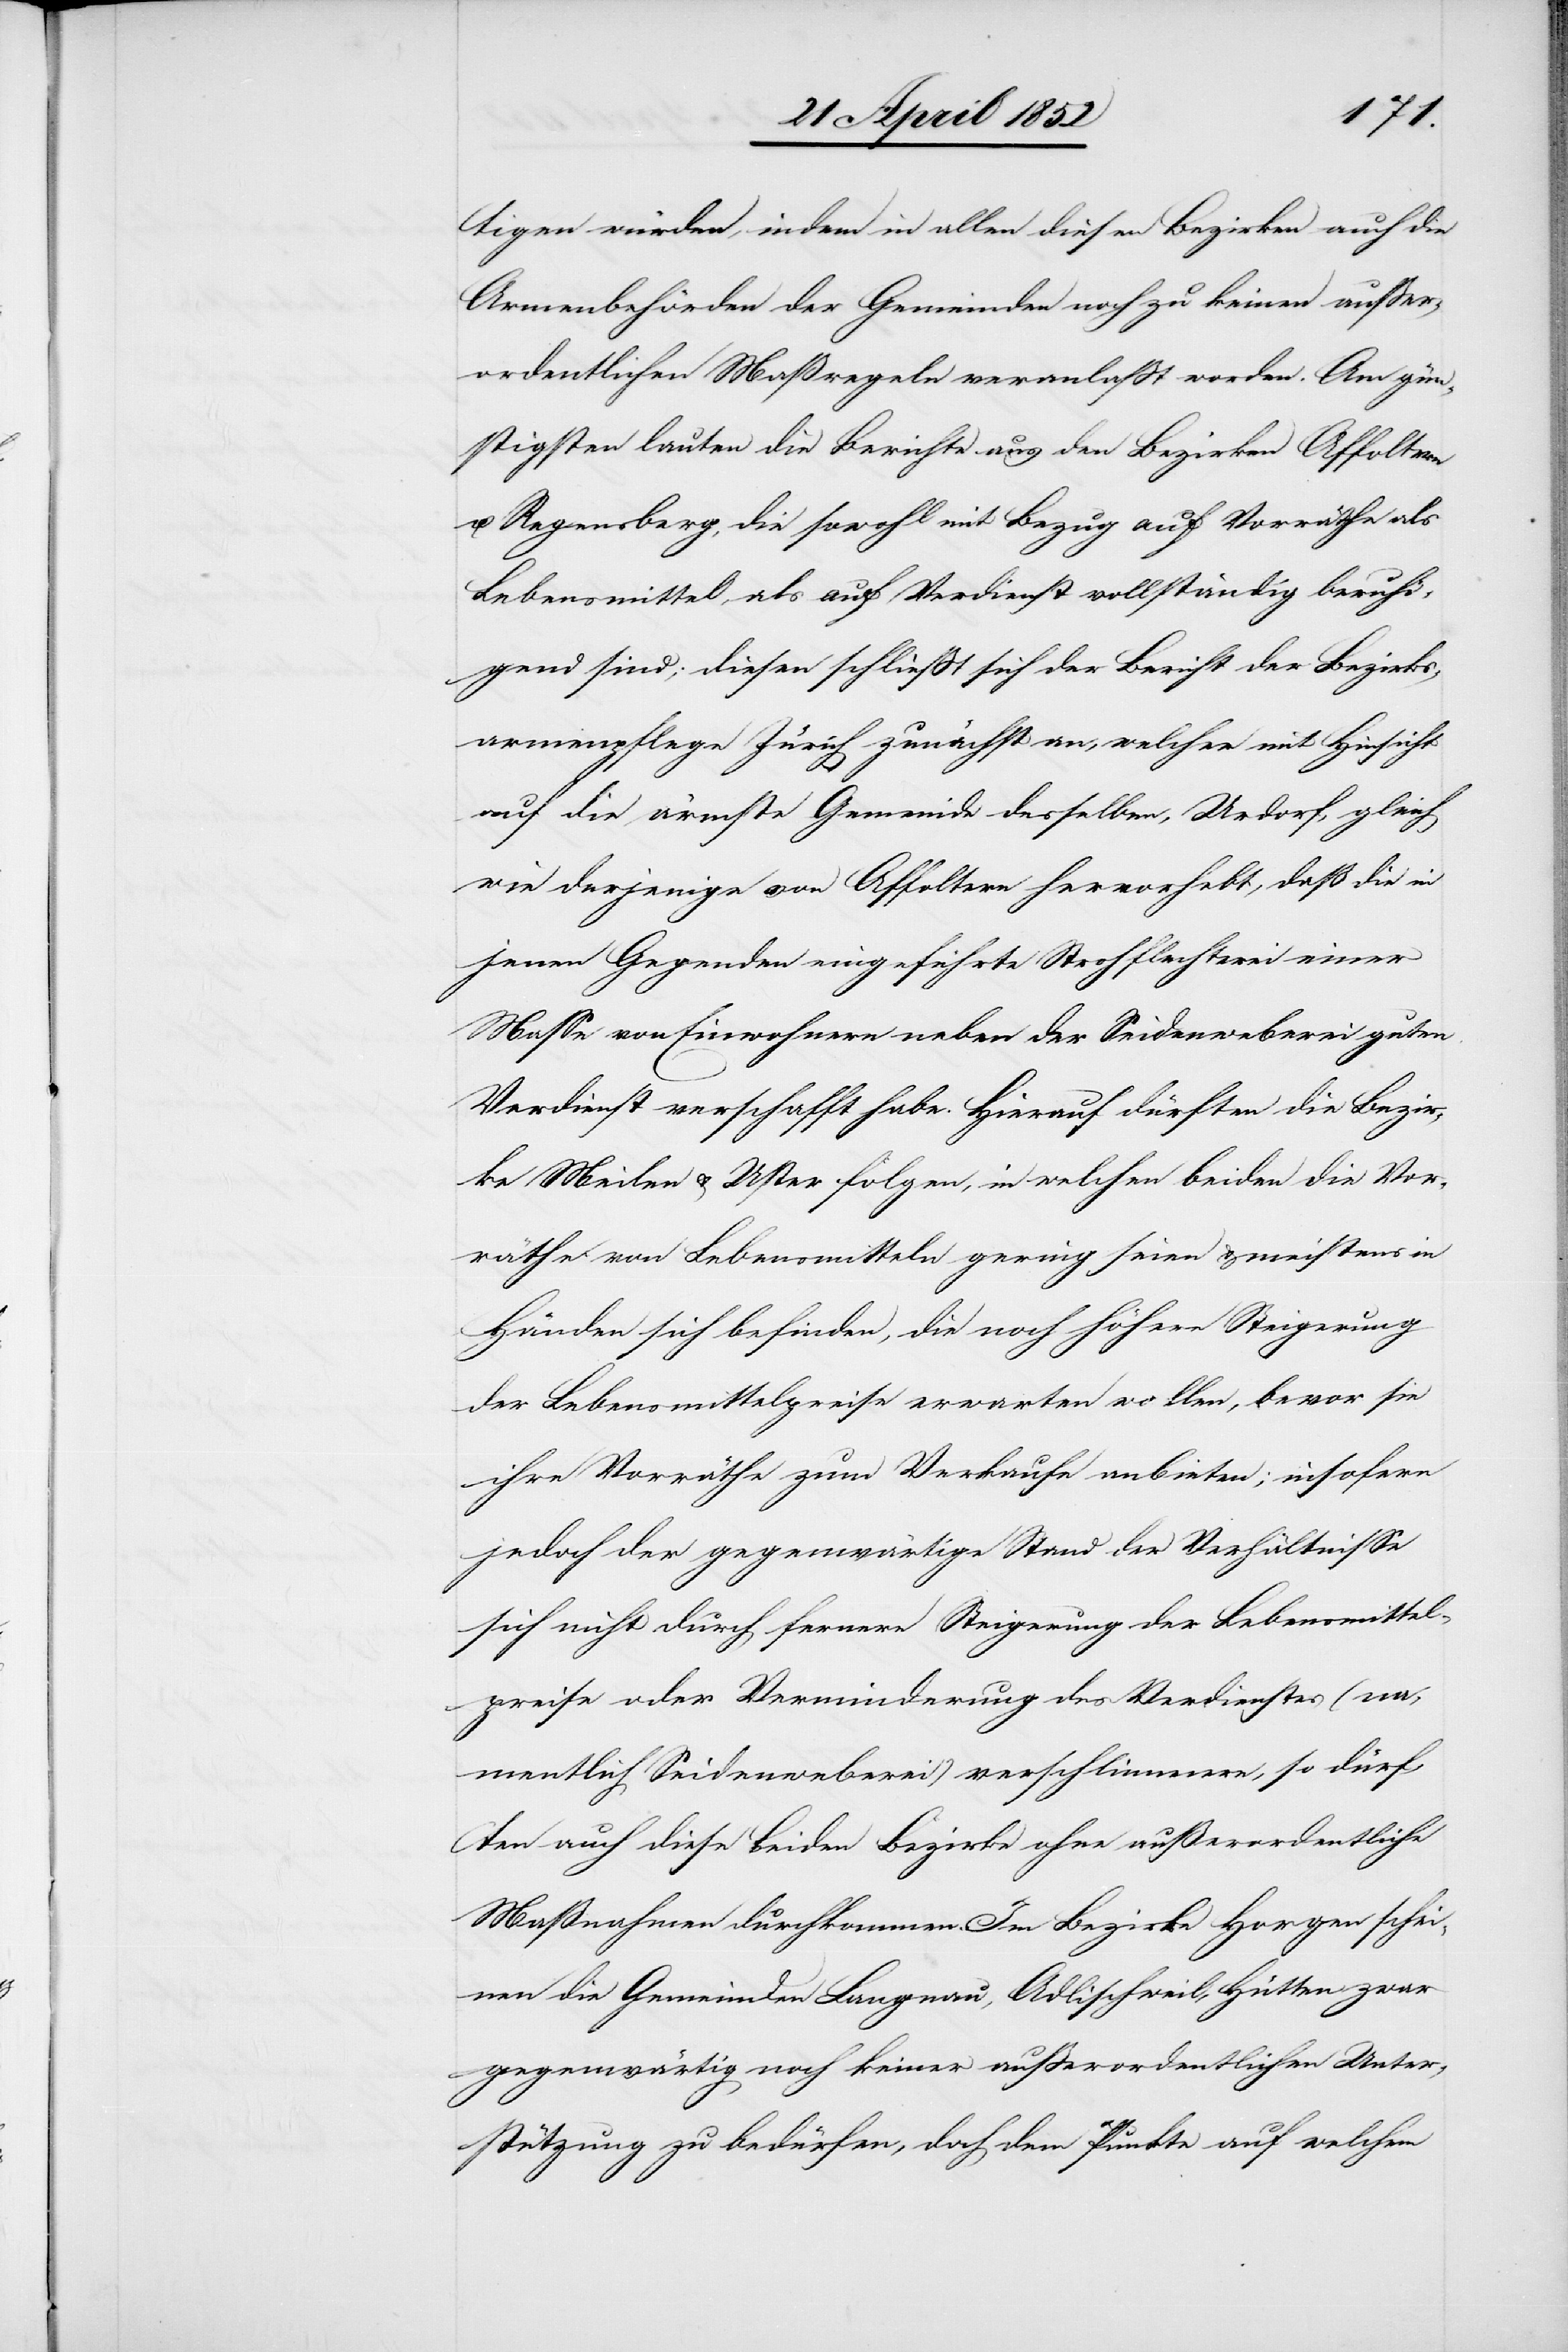
tigen würden, indem in allen diesen Bezirken auch die
Armenbehörden der Gemeinden noch zu keinen ausser¬
ordentlichen Maßregeln veranlasst worden. Am gün¬
stigsten lauten die Berichte aus den Bezirken Affoltern
u. Regensberg, die sowohl mit Bezug auf Vorräthe als
Lebensmittel, als auf Verdienst vollständig beruhi¬
gend sind; diesen schliesst sich der Bericht der Bezirks¬
armenpflege Zürich zunächst an, welcher mit Hinsicht
auf die ärmste Gemeinde desselben, Urdorf, gleich
wie derjenige von Affoltern hervorhebt, daß die in
jenen Gegenden eingeführte Strohflechterei einer
Masse von Einwohnern neben der Seidenweberei guten
Verdienst verschafft habe. Hierauf dürften die Bezir¬
ke Meilen & Uster folgen, in welchen beiden die Vor¬
räthe von Lebensmitteln gering seien & meistens in
Händen sich befinden, die noch höhere Steigerung
der Lebensmittelpreise erwarten wollen, bevor sie
ihre Vorräthe zum Verkaufe anbieten; insofern
jedoch der gegenwärtige Stand der Verhältnisse
sich nicht durch fernere Steigerung der Lebensmittel¬
preise oder Verminderung des Verdienstes (na¬
mentlich Seidenweberei) verschlimmere, so dürf¬
ten auch diese beiden Bezirke ohne außerordentliche
Maßnahmen durchkommen. Im Bezirke Horgen schei¬
nen die Gemeinden Langnau, Adlischweil, Hütten zwar
gegenwärtig noch keiner ausserordentlichen Unter¬
stützung zu bedürfen, doch dem Punkte auf welchem